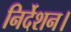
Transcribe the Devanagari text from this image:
निर्देशन।